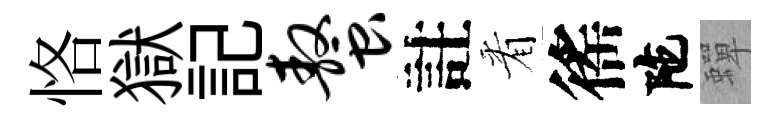
恪獄記螯註㸔徭陀蟬